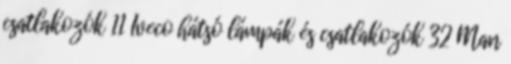
csatlakozók 11 Iveco hátsó lámpák és csatlakozók 32 Man